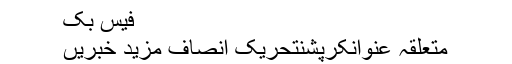
فیس بک
متعلقہ عنوانکرپشنتحریک انصاف مزید خبریں